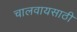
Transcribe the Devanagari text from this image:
चालवायसाठी